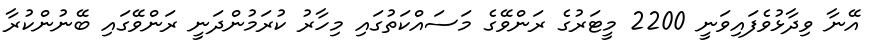
އޭނާ ވިދާޅުވެފައިވަނީ 2200 މީޓަރުގެ ރަންވޭގެ މަސައްކަތުގައި މިހާރު ކުރަމުންދަނީ ރަންވޭގައި ބޭނުންކުރާ